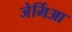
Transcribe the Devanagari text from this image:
जेर्मिआ